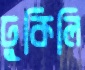
ঢুকিলি